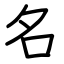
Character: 名